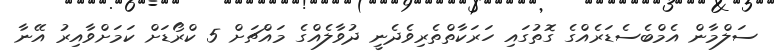
ސަލްމާން އެމްބެސެޑަރެއްގެ ގޮތުގައި ހަރަކާތްތެރިވެދެނީ ދުވާލެއްގެ މައްޗަށް 5 ކްރޯޑަށް ކަމަށްވާއިރު އޭނާ